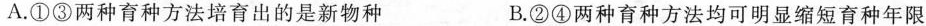
A.①③两种育种方法培育出的是新物种 B.②④两种育种方法均可明显缩短育种年限